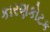
કારણકોટક